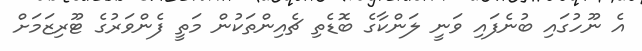
އެ ނޫހުގައި ބުނެފައި ވަނީ ލަންކާގެ ބޮޑެތި ޗެއިންތަކުން މަތީ ފެންވަރުގެ ޓޫރިޒަމަށް